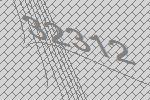
32312